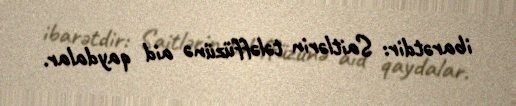
ibarətdir: Saitlərin tələffüzünə aid qaydalar.